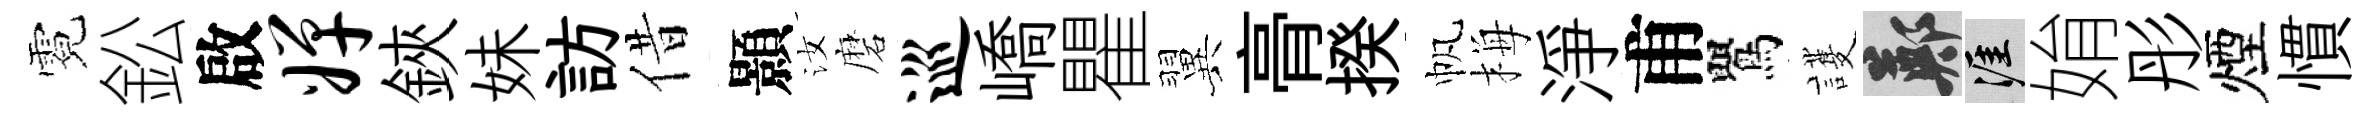
霓鈆啟婵鋏妹訪借顥汝磨巡嶠瞿翼𮌔揆帆梅淨甫鸎護鄭涯姢彤煙慣